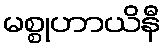
မစ္စုဟာယိနီ